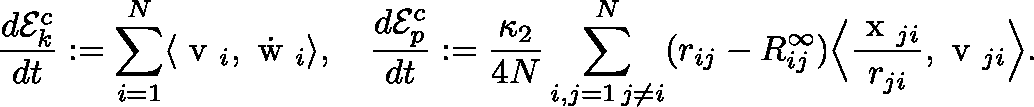
\frac { d \mathcal { E } _ { k } ^ { c } } { d t } : = \sum _ { i = 1 } ^ { N } \langle \mathrm { \boldmath ~ v ~ } _ { i } , \dot { \mathrm { \boldmath ~ w ~ } } _ { i } \rangle , \quad \frac { d \mathcal { E } _ { p } ^ { c } } { d t } : = \frac { \kappa _ { 2 } } { 4 N } \sum _ { \substack { i , j = 1 \, j \neq i } } ^ { N } ( r _ { i j } - R _ { i j } ^ { \infty } ) \Big \langle \frac { \mathrm { \boldmath ~ x ~ } _ { j i } } { r _ { j i } } , \mathrm { \boldmath ~ v ~ } _ { j i } \Big \rangle .